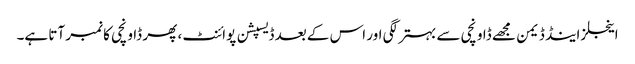
اینجلز اینڈ ڈیمن مجھے ڈاونچی سے بہتر لگی اور اس کے بعد ڈیسپشن پوائنٹ ، پھر ڈاونچی کا نمبر آتا ہے۔